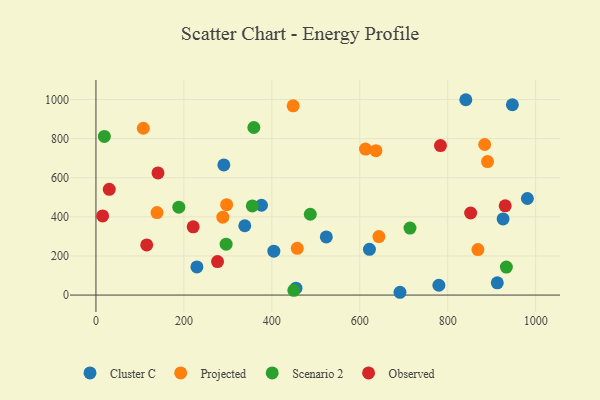
{"axis": {"x": "Ad Spend", "y": "Yield"}, "legend": ["Cluster C", "Observed", "Projected", "Scenario 2"], "data": [{"x": "947.1", "y": 973.3, "type": "Cluster C"}, {"x": "338.5", "y": 354.6, "type": "Cluster C"}, {"x": "523.9", "y": 297.2, "type": "Cluster C"}, {"x": "404.6", "y": 224.3, "type": "Cluster C"}, {"x": "229.6", "y": 144.1, "type": "Cluster C"}, {"x": "454.9", "y": 35.5, "type": "Cluster C"}, {"x": "376.5", "y": 459.3, "type": "Cluster C"}, {"x": "691.5", "y": 14.3, "type": "Cluster C"}, {"x": "841.2", "y": 999.0, "type": "Cluster C"}, {"x": "622.0", "y": 233.9, "type": "Cluster C"}, {"x": "926.0", "y": 389.4, "type": "Cluster C"}, {"x": "912.8", "y": 62.7, "type": "Cluster C"}, {"x": "981.2", "y": 493.8, "type": "Cluster C"}, {"x": "290.9", "y": 665.8, "type": "Cluster C"}, {"x": "779.9", "y": 50.1, "type": "Cluster C"}, {"x": "107.7", "y": 853.1, "type": "Projected"}, {"x": "613.0", "y": 746.6, "type": "Projected"}, {"x": "890.6", "y": 682.9, "type": "Projected"}, {"x": "457.9", "y": 239.0, "type": "Projected"}, {"x": "636.8", "y": 738.6, "type": "Projected"}, {"x": "643.5", "y": 299.4, "type": "Projected"}, {"x": "288.6", "y": 398.3, "type": "Projected"}, {"x": "297.3", "y": 462.5, "type": "Projected"}, {"x": "448.5", "y": 967.8, "type": "Projected"}, {"x": "868.7", "y": 232.9, "type": "Projected"}, {"x": "138.9", "y": 421.9, "type": "Projected"}, {"x": "884.1", "y": 770.1, "type": "Projected"}, {"x": "487.5", "y": 413.3, "type": "Scenario 2"}, {"x": "450.1", "y": 24.5, "type": "Scenario 2"}, {"x": "714.2", "y": 342.7, "type": "Scenario 2"}, {"x": "933.4", "y": 143.3, "type": "Scenario 2"}, {"x": "359.1", "y": 857.0, "type": "Scenario 2"}, {"x": "188.5", "y": 449.6, "type": "Scenario 2"}, {"x": "296.1", "y": 260.3, "type": "Scenario 2"}, {"x": "19.1", "y": 811.5, "type": "Scenario 2"}, {"x": "355.6", "y": 456.1, "type": "Scenario 2"}, {"x": "852.2", "y": 419.8, "type": "Observed"}, {"x": "276.5", "y": 171.5, "type": "Observed"}, {"x": "930.8", "y": 456.6, "type": "Observed"}, {"x": "141.1", "y": 624.8, "type": "Observed"}, {"x": "30.3", "y": 540.6, "type": "Observed"}, {"x": "115.5", "y": 256.3, "type": "Observed"}, {"x": "221.2", "y": 349.0, "type": "Observed"}, {"x": "15.2", "y": 404.9, "type": "Observed"}, {"x": "783.6", "y": 764.5, "type": "Observed"}]}